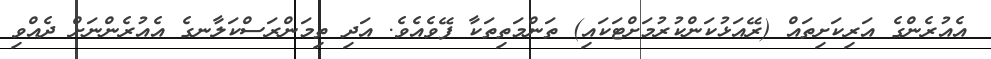
އެއުރެންގެ އަރިކަށިތައް (ރޭއަޅުކަންކުރުމަށްޓަކައި) ތަންމަތިތަކާ ފޭވެއެވެ. އަދި ތިމަންރަސްކަލާނގެ އެއުރެންނަށް ދެއްވި